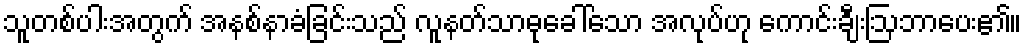
သူတစ်ပါးအတွက် အနစ်နာခံခြင်းသည် လူနတ်သာဓုခေါ်သော အလုပ်ဟု ကောင်းချီးဩဘာပေး၏။